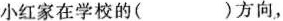
小红家在学校的( )方向，